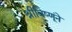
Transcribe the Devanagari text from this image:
श्रीविष्णूंने